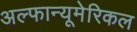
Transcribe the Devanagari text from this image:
अल्फान्यूमेरिकल